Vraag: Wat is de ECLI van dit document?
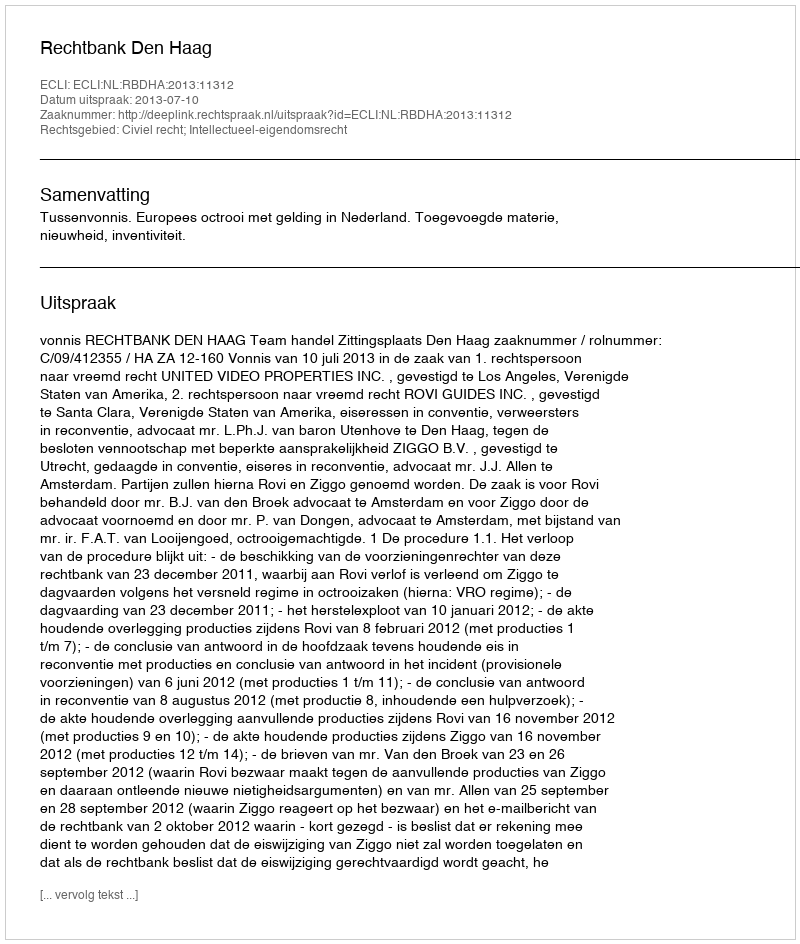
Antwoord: ECLI:NL:RBDHA:2013:11312